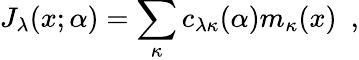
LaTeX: J_{\lambda}(x;\alpha)=\sum_{\kappa}c_{\lambda\kappa}(\alpha)m_{\kappa}(x)\, \, \, ,